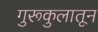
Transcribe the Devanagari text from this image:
गुरूकुलातून